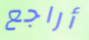
أراجع